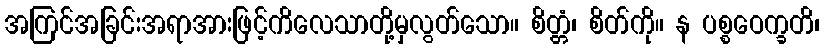
အကြင်အခြင်းအရာအားဖြင့်ကိလေသာတို့မှလွတ်သော။ စိတ္တံ၊ စိတ်ကို။ န ပစ္စဝေက္ခတိ၊